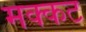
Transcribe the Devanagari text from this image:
मक्कट